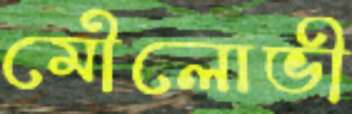
মৌলোভী